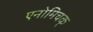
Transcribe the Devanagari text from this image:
एनोमिचक्